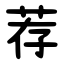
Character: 荐